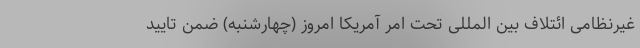
غیرنظامی ائتلاف بین المللی تحت امر آمریکا امروز (چهارشنبه) ضمن تایید